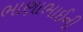
ભાણાભાઈની